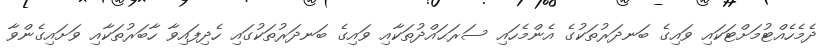
ދެމެހެއްޓުމަށްޓަކައި ވައިގެ ބަނދަރުތަކުގެ އެންމެހައި ސަރަޙައްދުތަކާއި ވައިގެ ބަނދަރުތަކުގައި ހެދިފައިވާ ހާބަރުތަކާއި ވަށައިގެންވާ